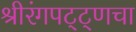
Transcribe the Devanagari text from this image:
श्रीरंगपट्ट्णचा